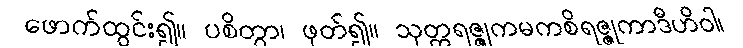
ဖောက်ထွင်း၍။ ပစိတွာ၊ ဖုတ်၍။ သုတ္တရဇ္ဇုကမကစိရဇ္ဇုကာဒီဟိဝါ၊